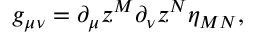
g _ { \mu \nu } = \partial _ { \mu } z ^ { M } \partial _ { \nu } z ^ { N } \eta _ { M N } ,